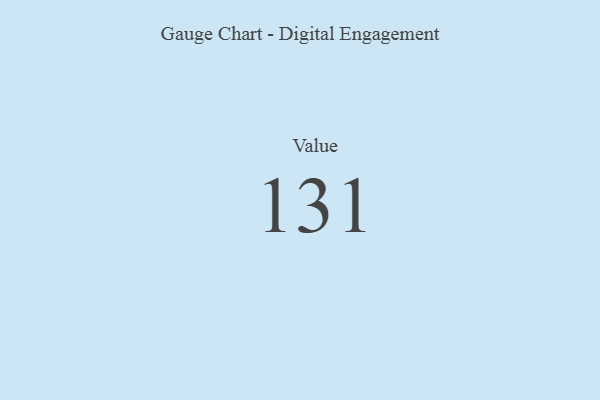
{"axis": {"x": "Metric", "y": "Value"}, "legend": [""], "data": [{"x": "Value", "y": 131, "type": ""}]}